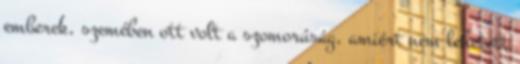
emberek, szemében ott volt a szomorúság, amiért nem lehetett